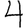
Digit: 4